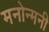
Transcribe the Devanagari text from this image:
मनोन्मनी